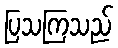
ပြသကြသည်